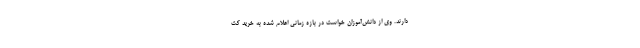
دارند. وی از دانش‌آموزان خواست در بازه زمانی اعلام شده به خرید کت